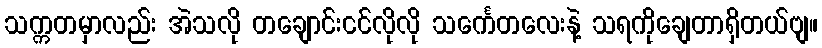
သက္ကတမှာလည်း အဲသလို တချောင်းငင်လိုလို သင်္ကေတလေးနဲ့ သရကိုချေတာရှိတယ်ဗျ။